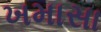
ખમાસા